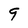
Character: 9